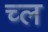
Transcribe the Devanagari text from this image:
च्ल